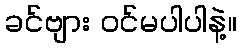
ခင်ဗျား ဝင်မပါပါနဲ့။